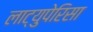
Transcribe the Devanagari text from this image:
लाट्युपेरिसा